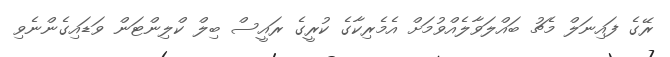
ރޭގެ ފައިނަލް މެޗު ބައްލަވާލެއްވުމަށް އެމެރިކާގެ ކުރީގެ ރައީސް ބިލް ކްލިންޓަން ވަޑައިގެންނެވި